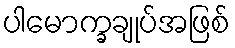
ပါမောက္ခချုပ်အဖြစ်